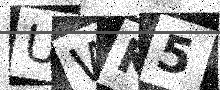
Text: UWK5